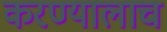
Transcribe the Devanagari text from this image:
करण्यालाच